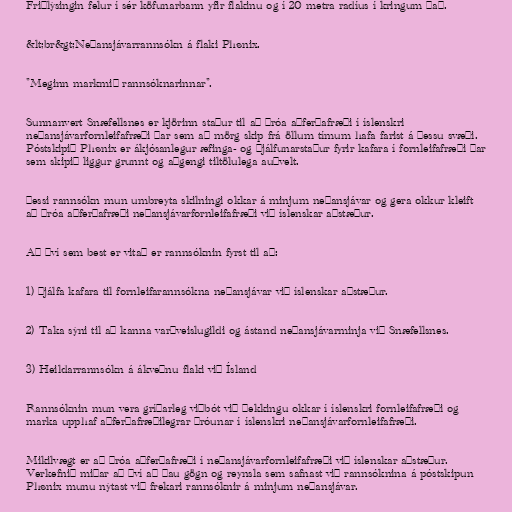
Friðlýsingin felur í sér köfunarbann yfir flakinu og í 20 metra radíus í kringum það.

&lt;br&gt;Neðansjávarrannsókn á flaki Phønix.

"Meginn markmið rannsóknarinnar".

Sunnanvert Snæfellsnes er kjörinn staður til að þróa aðferðafræði í íslenskri
neðansjávarfornleifafræði þar sem að mörg skip frá öllum tímum hafa farist á þessu svæði.
Póstskipið Phønix er ákjósanlegur æfinga- og þjálfunarstaður fyrir kafara í fornleifafræði þar
sem skipið liggur grunnt og aðgengi tiltölulega auðvelt.

Þessi rannsókn mun umbreyta skilningi okkar á minjum neðansjávar og gera okkur kleift
að þróa aðferðafræði neðansjávarfornleifafræði við íslenskar aðstæður.

Að því sem best er vitað er rannsóknin fyrst til að:

1) Þjálfa kafara til fornleifarannsókna neðansjávar við íslenskar aðstæður.

2) Taka sýni til að kanna varðveislugildi og ástand neðansjávarminja við Snæfellsnes.

3) Heildarrannsókn á ákveðnu flaki við Ísland

Rannsóknin mun vera gríðarleg viðbót við þekkingu okkar í íslenskri fornleifafræði og
marka upphaf aðferðafræðilegrar þróunar í íslenskri neðansjávarfornleifafræði.

Mikilvægt er að þróa aðferðafræði í neðansjávarfornleifafræði við íslenskar aðstæður.
Verkefnið miðar að því að þau gögn og reynsla sem safnast við rannsóknina á póstskipun
Phønix munu nýtast við frekari rannsóknir á minjum neðansjávar.